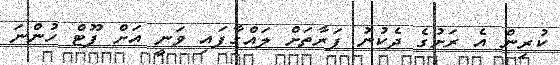
ކުރިން އެ ރަށުގެ ދެކުނު ފަރާތަށް ލައްގާފައި ވަނީ އަށް ފޫޓް ހުންނަ